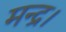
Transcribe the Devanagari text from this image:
मन्द्र।